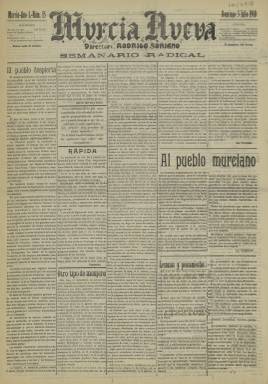
Título: Murcia nueva
Colección: Periódicos
Ámbito geográfico: Murcia
Lugar de publicación: Murcia
Fechas: 03/07/1910-03/07/1910